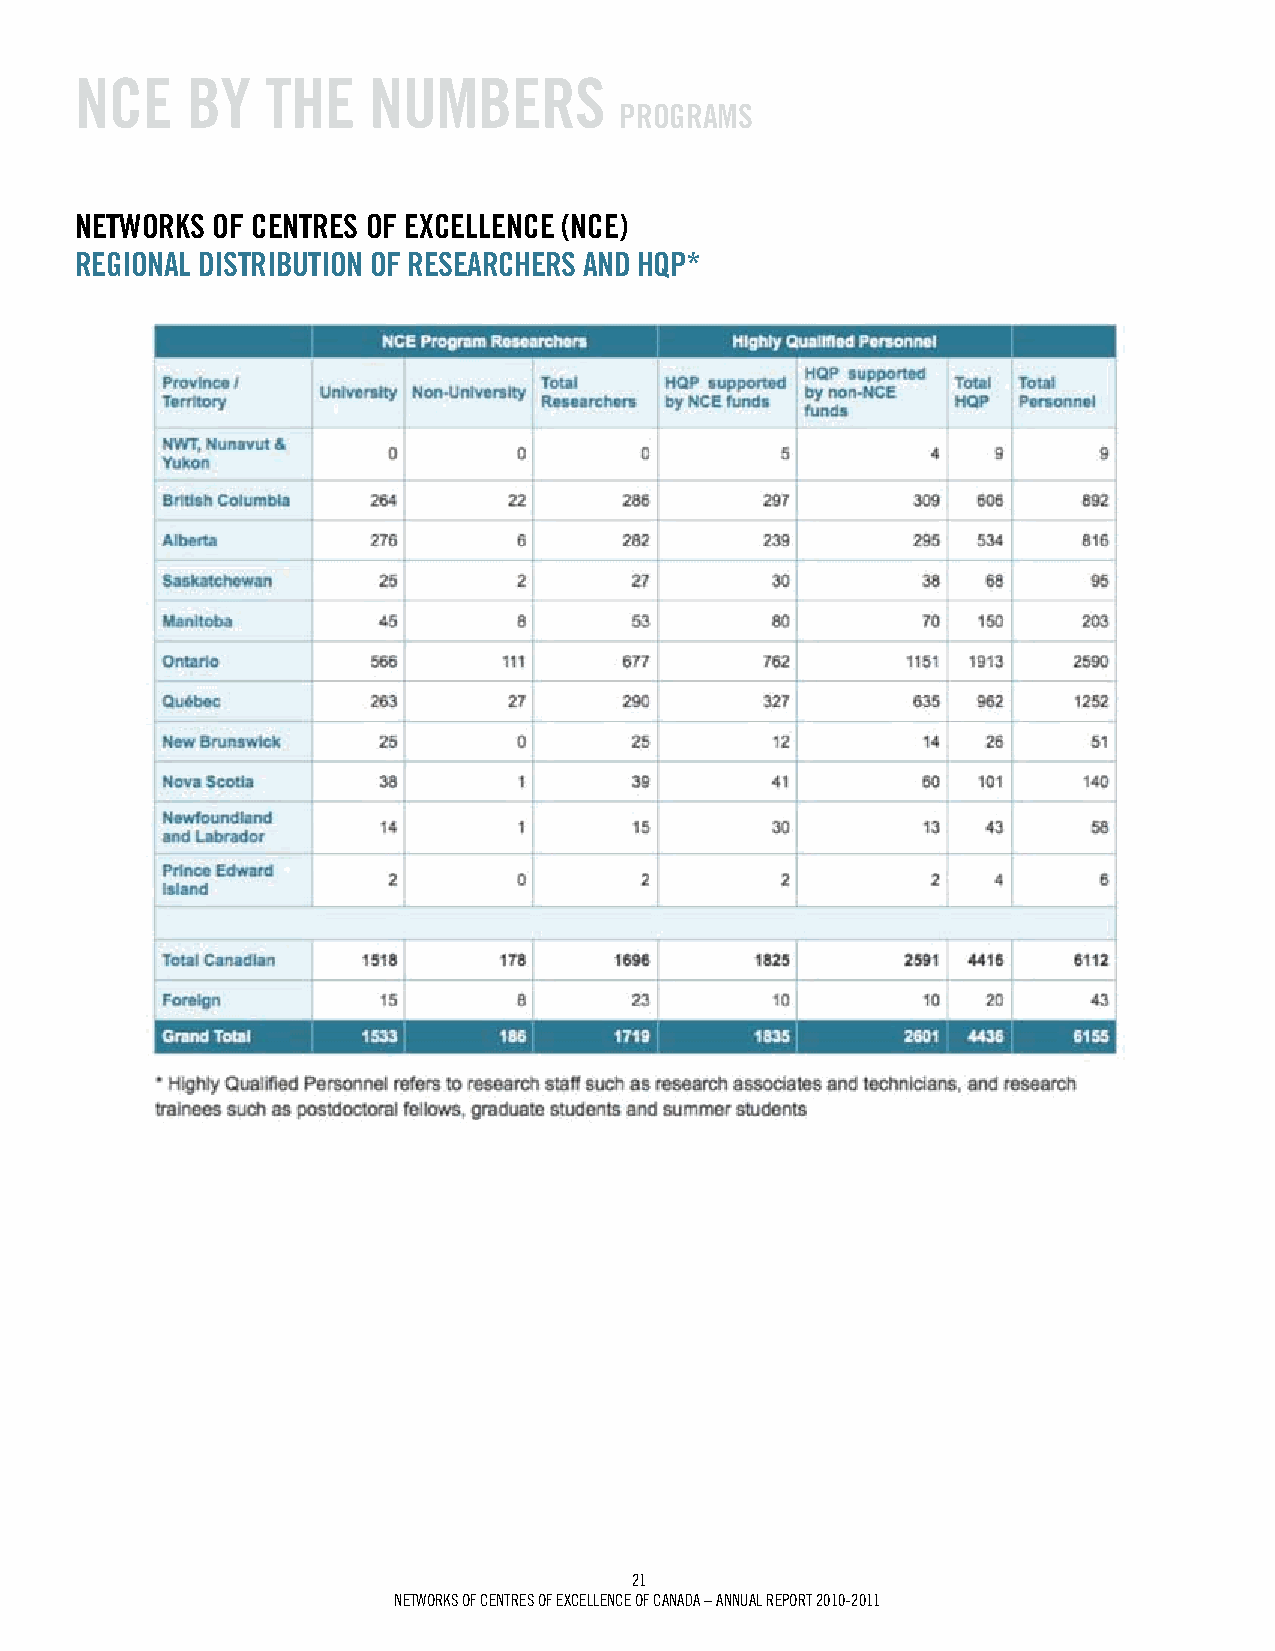
NCE    BY    ThE   NumBErS
 prOgrAmS
 NETWOrkS OF CENTrES OF ExCELLENCE (NCE)
 rEgiONAL diSTriBuTiON OF rESEArChErS ANd hQp*
 21
 Networks of ceNtres of excelleNce of caNada – aNNUal rePort 2010-2011